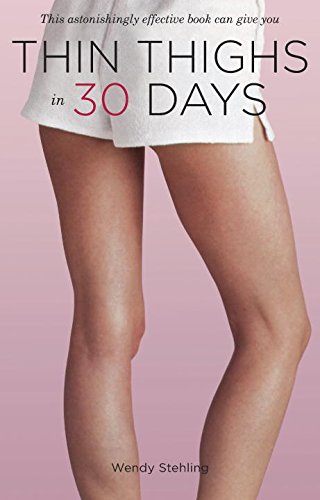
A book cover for Thin Thighs in 30 Days; Wendy Stehling; Health, Fitness & Dieting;